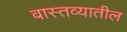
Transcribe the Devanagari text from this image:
वास्तव्यातील